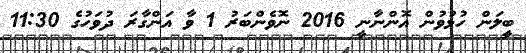
ބީލަން ހުޅުވުން އޮންނާނީ 2016 ނޮވެންބަރު 1 ވާ އަންގާރަ ދުވަހުގެ 11:30